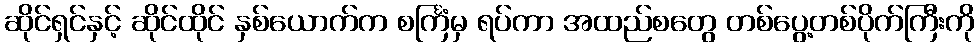
ဆိုင်ရှင်နှင့် ဆိုင်ထိုင် နှစ်ယောက်က စင်္ကြံမှ ရပ်ကာ အထည်စတွေ တစ်ပွေ့တစ်ပိုက်ကြီးကို